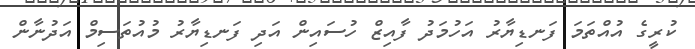
ކުރީގެ އުއްތަމަ ފަނޑިޔާރު އަހުމަދު ފާއިޒް ހުސައިން އަދި ފަނޑިޔާރު މުއުތަސިމް އަދުނާން